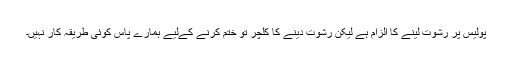
پولیس پر رشوت لینے کا الزام ہے لیکن رشوت دینے کا کلچر تو ختم کرنے کےلیے ہمارے پاس کوئی طریقہ کار نہیں۔